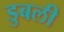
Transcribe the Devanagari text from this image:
डुबली